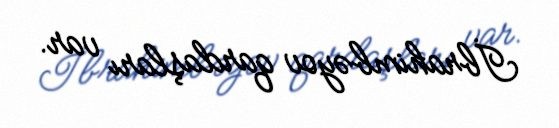
İbrahimbəyov qardaşları var.